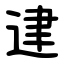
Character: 䢖